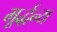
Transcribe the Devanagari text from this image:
मूर्द्धन्य